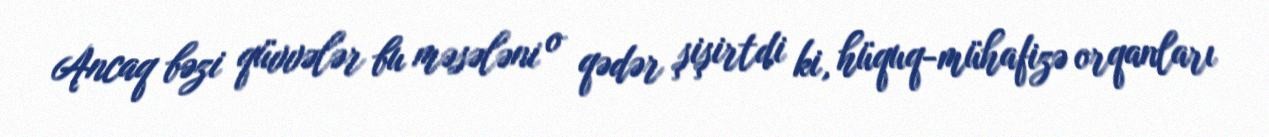
Ancaq bəzi qüvvələr bu məsələni o qədər şişirtdi ki, hüquq-mühafizə orqanları